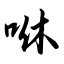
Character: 咻